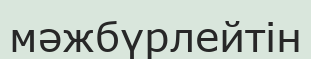
мәжбүрлейтін